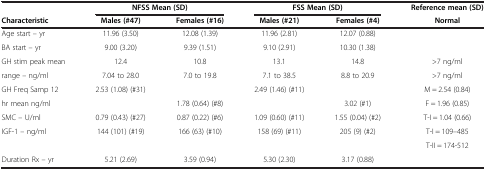
|  | <COLSPAN=2> NFSS Mean (SD) | <COLSPAN=2> FSS Mean (SD) | Reference mean (SD) |
 | Characteristic | Males (#47) | Females (#16) | Males (#21) | Females (#4) | Normal |
 | --- | --- | --- | --- | --- | --- |
 | Age start – yr | 11.96 (3.50) | 12.08 (1.39) | 11.96 (2.81) | 12.07 (0.88) |  |
 | BA start – yr | 9.00 (3.20) | 9.39 (1.51) | 9.10 (2.91) | 10.30 (1.38) |  |
 | GH stim peak mean | 12.4 | 10.8 | 13.1 | 14.8 | >7 ng/ml |
 | range – ng/ml | 7.04 to 28.0 | 7.0 to 19.8 | 7.1 to 38.5 | 8.8 to 20.9 | >7 ng/ml |
 | GH Freq Samp 12 | 2.53 (1.08) (#31) |  | 2.49 (1.46) (#11) |  | M = 2.54 (0.84) |
 | hr mean ng/ml |  | 1.78 (0.64) (#8) |  | 3.02 (#1) | F = 1.96 (0.85) |
 | SMC – U/ml | 0.79 (0.43) (#27) | 0.87 (0.22) (#6) | 1.09 (0.60) (#11) | 1.55 (0.04) (#2) | T-I = 1.04 (0.66) |
 | <ROWSPAN=2> IGF-1 – ng/ml | <ROWSPAN=2> 144 (101) (#19) | <ROWSPAN=2> 166 (63) (#10) | <ROWSPAN=2> 158 (69) (#11) | <ROWSPAN=2> 205 (9) (#2) | T-I = 109–485 |
 | T-II = 174-512 |
 | Duration Rx – yr | 5.21 (2.69) | 3.59 (0.94) | 5.30 (2.30) | 3.17 (0.88) |  |